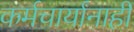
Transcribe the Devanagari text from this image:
कर्मचार्यांनाही